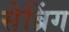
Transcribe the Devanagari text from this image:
सेब्रिंग